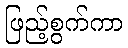
ဖြည့်စွက်ကာ